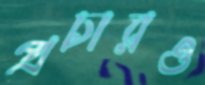
প্রচারও